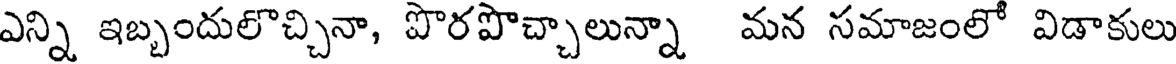
ఎన్ని ఇబ్బందులొచ్చినా, పొరపొచ్చాలున్నా మన సమాజంలో విడాకులు